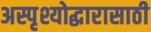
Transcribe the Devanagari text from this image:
अस्पृश्योद्धारासाठी